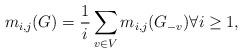
LaTeX: \begin{align*}m_{i, j}(G) = \frac{1}{i} \sum_{v \in V}{m_{i, j}(G_{-v})} \forall i \geq 1,\end{align*}